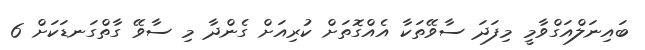
ބައިނަލްއަގްވާމީ މިފަދަ ސާވޭތަކާ އެއްގޮތަށް ކުރިއަށް ގެންދާ މި ސާވޭ ގާތްގަނޑަކަށް 6